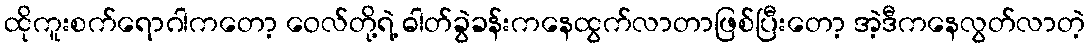
ထိုကူးစက်ရောဂါကတော့ ဝေလ်တို့ရဲ့ ဓါတ်ခွဲခန်းကနေထွက်လာတာဖြစ်ပြီးတော့ အဲ့ဒီကနေလွတ်လာတဲ့